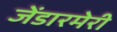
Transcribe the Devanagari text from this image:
जेंडारमेरी